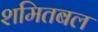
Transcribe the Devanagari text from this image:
शमितबल